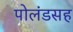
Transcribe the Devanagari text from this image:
पोलंडसह